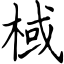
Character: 棫